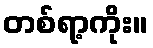
တစ်ရာ့ကိုး။